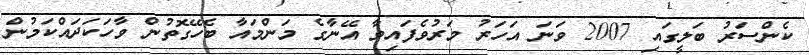
ކެންސަރު ބަލީގައި 2007 ވަނަ އަހަރު މަރުވެފައިވާ އޭނާގެ މަންމައާ ބެހޭގޮތުން ވާހަކަދައްކަމުން